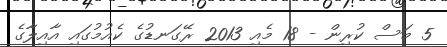
5 މަސް ކުރިން - 18 މެއި 2013 ރޭގަނޑުގެ ކެއުމުގައި އާއިލާގެ